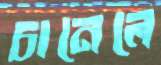
চানেলে